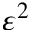
\varepsilon ^ { 2 }